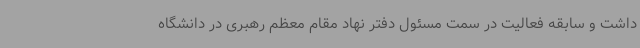
داشت و سابقه فعالیت در سمت مسئول دفتر نهاد مقام معظم رهبری در دانشگاه